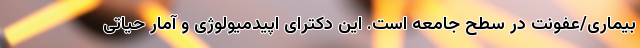
بیماری/عفونت در سطح جامعه است. این دکترای اپیدمیولوژی و آمار حیاتی